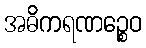
အဓိကရဏဉ္စေဝ